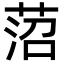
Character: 菬